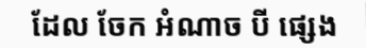
ដែល ចែក អំណាច បី ផ្សេង